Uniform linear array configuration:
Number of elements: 4
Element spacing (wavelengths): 0.25
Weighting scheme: hamming
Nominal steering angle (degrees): -60
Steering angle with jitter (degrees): -60.2
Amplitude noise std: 0.05
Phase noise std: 0.05

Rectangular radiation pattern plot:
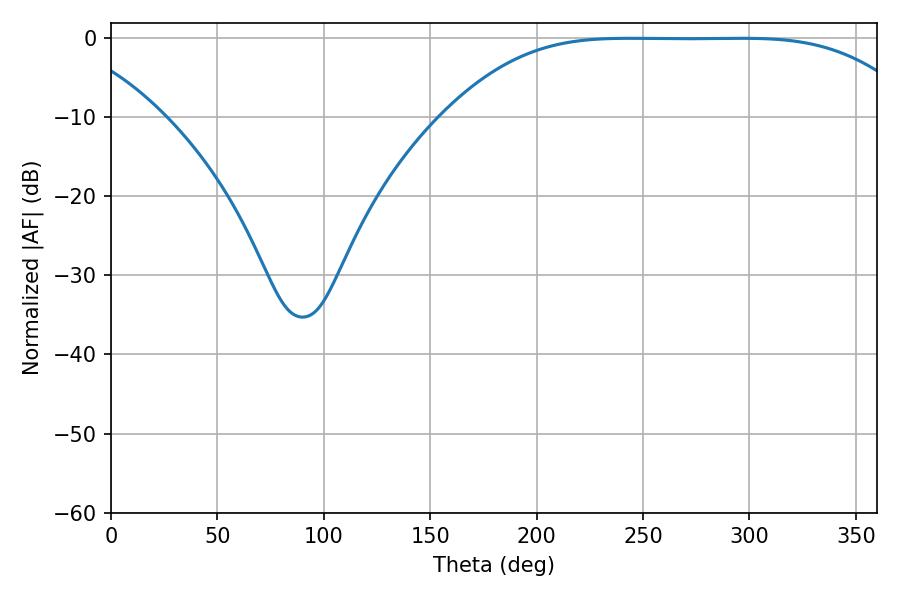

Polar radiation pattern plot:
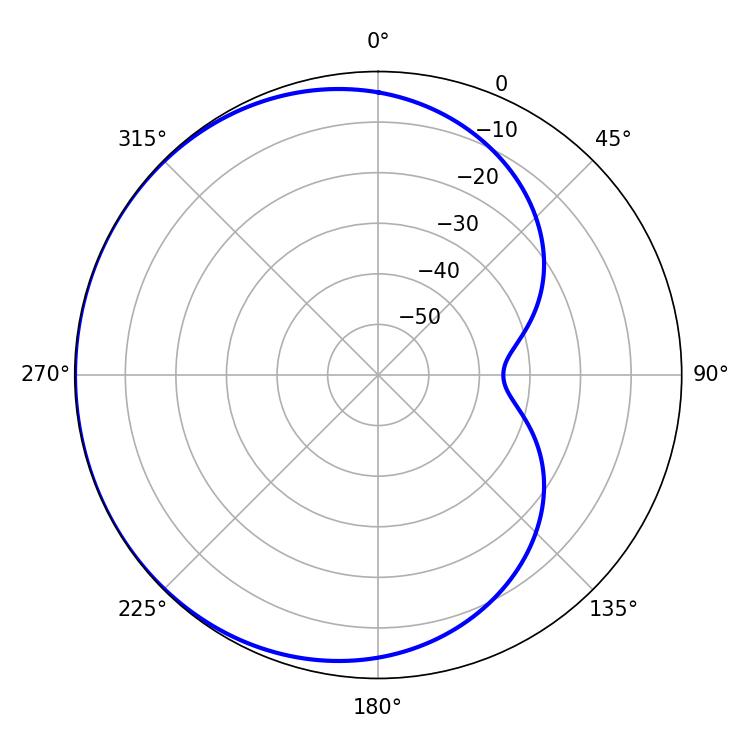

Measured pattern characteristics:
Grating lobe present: FALSE
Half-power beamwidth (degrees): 165.24
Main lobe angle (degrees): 243.72